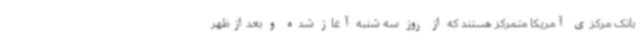
بانک مرکزی آمریکا متمرکز هستند که از روز سه شنبه آغاز شده و بعدازظهر